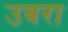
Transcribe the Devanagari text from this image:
उबरा